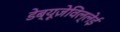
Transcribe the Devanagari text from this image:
डेब्यूज़ेविल्लेई